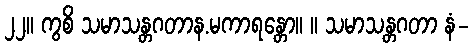
၂၂။ ကွစိ သမာသန္တဂတာန.မကာရန္တော။ ။ သမာသန္တဂတာ နံ-